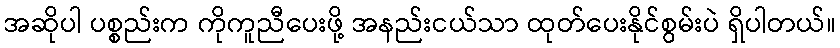
အဆိုပါ ပစ္စည်းက ကိုကူညီပေးဖို့ အနည်းငယ်သာ ထုတ်ပေးနိုင်စွမ်းပဲ ရှိပါတယ်။